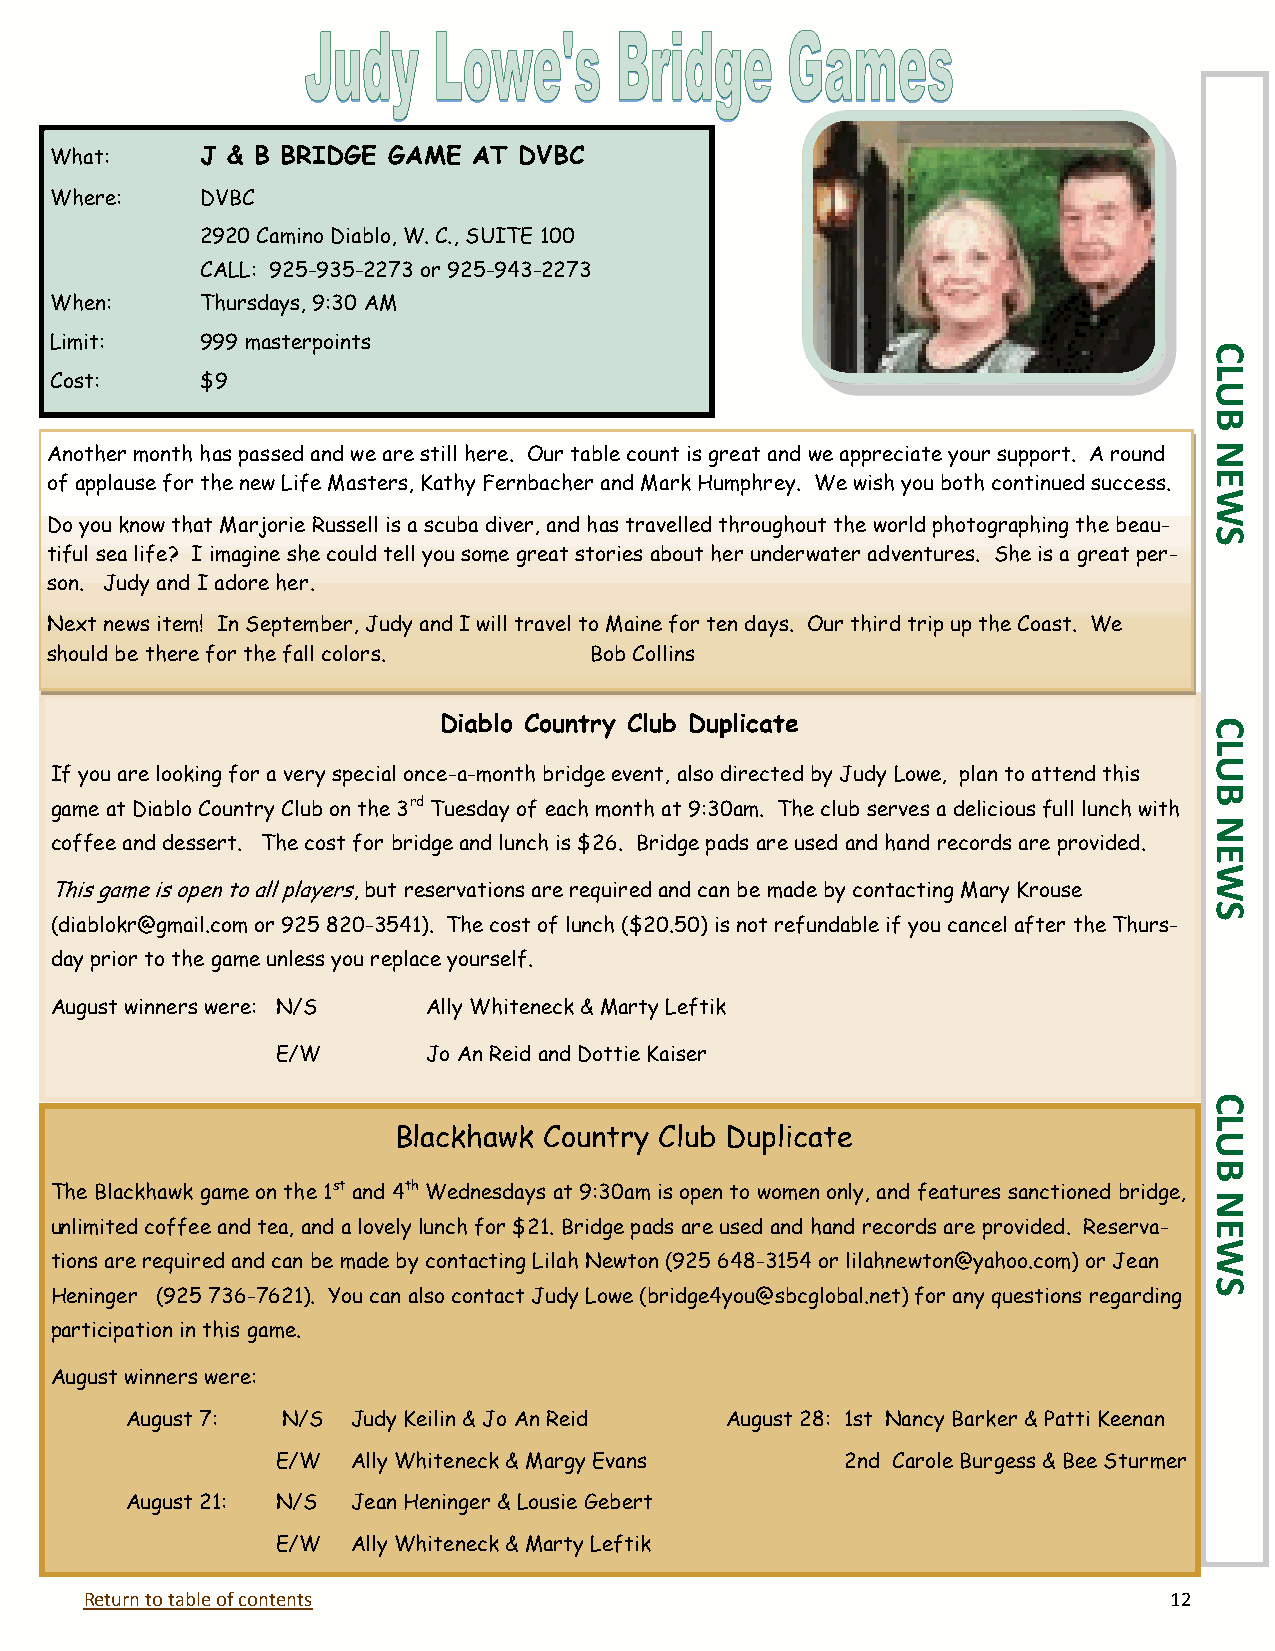
What:     J & B BRIDGE GAME AT DVBC
 Where:    DVBC
 2920 Camino Diablo, W. C., SUITE 100
 CALL: 925-935-2273 or 925-943-2273
 When:     Thursdays, 9:30 AM
 Limit:    999 masterpoints
 C
 L
 Cost:     $9
 U
 B
 Another month has passed and we are still here. Our table count is great and we appreciate your support. A round N
 E
 of applause for the new Life Masters, Kathy Fernbacher and Mark Humphrey. We wish you both continued success.
 W
 Do you know that Marjorie Russell is a scuba diver, and has travelled throughout the world photographing the beau-
 S
 tiful sea life? I imagine she could tell you some great stories about her underwater adventures. She is a great per-
 son. Judy and I adore her.
 Next news item! In September, Judy and I will travel to Maine for ten days. Our third trip up the Coast. We
 should be there for the fall colors. Bob Collins
 Diablo Country Club Duplicate                      C
 L
 U
 If you are looking for a very special once-a-month bridge event, also directed by Judy Lowe, plan to attend this
 B
 game at Diablo Country Club on the 3rd Tuesday of each month at 9:30am. The club serves a delicious full lunch with
 N
 coffee and dessert. The cost for bridge and lunch is $26. Bridge pads are used and hand records are provided.
 E
 W
 This game is open to all players, but reservations are required and can be made by contacting Mary Krouse
 S
 (diablokr@gmail.com or 925 820-3541). The cost of lunch ($20.50) is not refundable if you cancel after the Thurs-
 day prior to the game unless you replace yourself.
 August winners were: N/S Ally Whiteneck & Marty Leftik
 E/W       Jo An Reid and Dottie Kaiser
 C
 L
 Blackhawk Country Club Duplicate                      U
 B
 The Blackhawk game on the 1st and 4th Wednesdays at 9:30am is open to women only, and features sanctioned bridge,
 N
 unlimited coffee and tea, and a lovely lunch for $21. Bridge pads are used and hand records are provided. Reserva- E
 W
 tions are required and can be made by contacting Lilah Newton (925 648-3154 or lilahnewton@yahoo.com) or Jean
 S
 Heninger (925 736-7621). You can also contact Judy Lowe (bridge4you@sbcglobal.net) for any questions regarding
 participation in this game.
 August winners were:
 August 7:  N/S Judy Keilin & Jo An Reid August 28: 1st Nancy Barker & Patti Keenan
 E/W  Ally Whiteneck & Margy Evans     2nd Carole Burgess & Bee Sturmer
 August 21: N/S Jean Heninger & Lousie Gebert
 E/W  Ally Whiteneck & Marty Leftik
 Return to table of contents                                            12